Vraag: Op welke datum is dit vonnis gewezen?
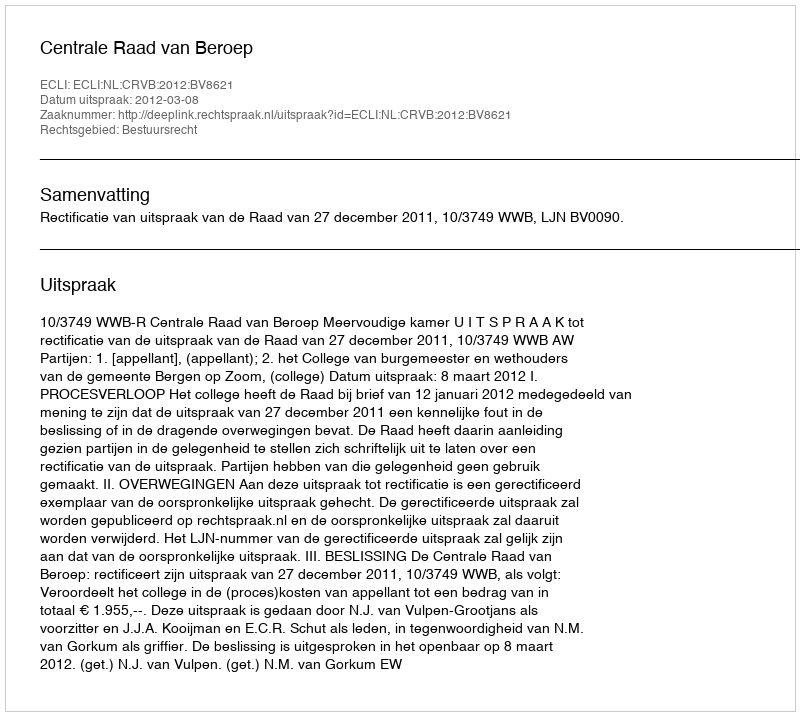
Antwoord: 2012-03-08